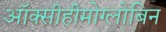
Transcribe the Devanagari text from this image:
ऑक्सीहीमोग्लोबिन